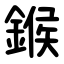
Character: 鍭